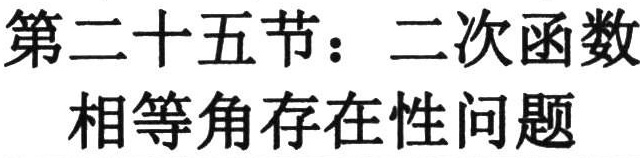
第二十五节：二次函数
相等角存在性问题